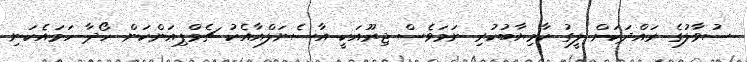
ސުވާލުގެ ރައްދަކަށް ލީގު ކާމިޔާބުކުރި ނަމަވެސް ޖިރޫއަކީ އާސެނަލްއާއެކު ޗެމްޕިއަންކަން ހޯދާ ހަމައެކަނި